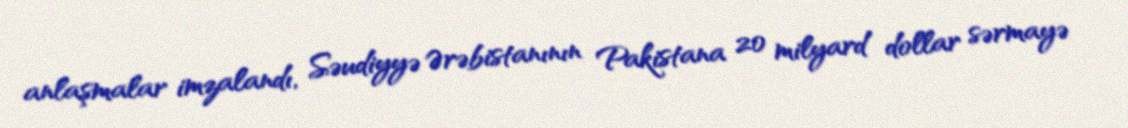
anlaşmalar imzalandı, Səudiyyə Ərəbistanının Pakistana 20 milyard dollar sərmayə